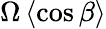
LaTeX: \Omega\left\langle\cos\beta\right\rangle